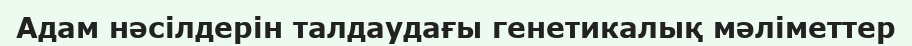
Адам нәсілдерін талдаудағы генетикалық мәліметтер